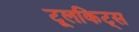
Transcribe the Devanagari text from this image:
टूलकिट्स